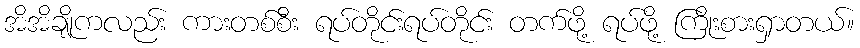
အိအိချိုကလည်း ကားတစ်စီး ရပ်တိုင်းရပ်တိုင်း တက်ဖို့ ရပ်ဖို့ ကြိုးစားရှာတယ်။